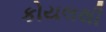
કોયલથી